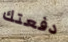
دفعتك